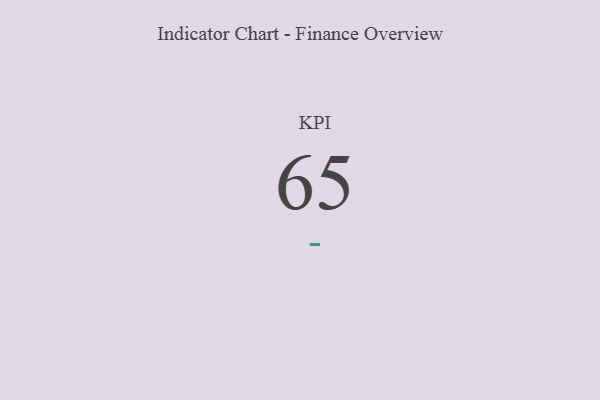
{"axis": {"x": "KPI", "y": "Value"}, "legend": [""], "data": [{"x": "KPI", "y": 65, "type": ""}]}